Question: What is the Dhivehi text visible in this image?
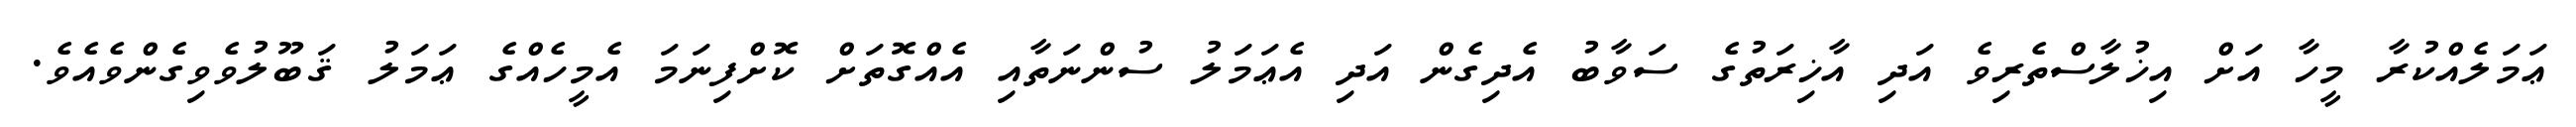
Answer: ޢަމަލެއްކުރާ މީހާ އަށް އިޚުލާސްތެރިވެ އަދި އާޚިރަތުގެ ސަވާބު އެދިގެން އަދި އެޢަމަލު ސުންނަތާއި އެއްގޮތަށް ކޮށްފިނަމަ އެމީހެއްގެ ޢަމަލު ޤަބޫލުވެވިގެންވެއެވެ.